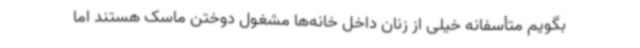
بگویم متأسفانه خیلی از زنان داخل خانه‌ها مشغول دوختن ماسک هستند اما